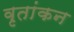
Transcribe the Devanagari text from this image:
वृतांकन